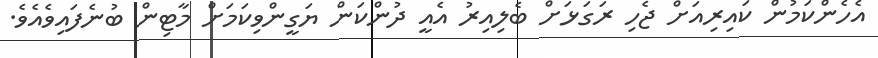
އެހެންކަމުން ކައިރިއަށް ޖެހި ރަގަޅަށް ބެލިއިރު އެއީ ދުންކަން ޔަގީންވިކަމަށް މާޓިން ބުނެފައިވެއެވެ.